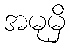
အမုမှိ